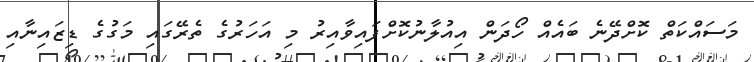
މަސައްކަތް ކޮށްދޭނެ ބައެއް ހޯދަން އިއުލާނުކޮށްފައިވާއިރު މި އަހަރުގެ ތެރޭގައި މަގުގެ ޑިޒައިނާއި